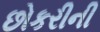
છોકરીની